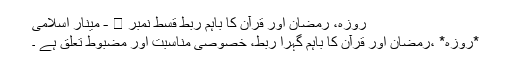
روزہ، رمضان اور قرآن کا باہم ربط قسط نمبر ❷ - مینار اسلامی
*روزہ* ،رمضان اور قرآن کا باہم گہرا ربط، خصوصی مناسبت اور مضبوط تعلق ہے ۔